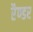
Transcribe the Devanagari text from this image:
रैण्डर